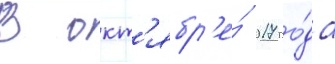
В окт'ябр'е́ 2017 го́да